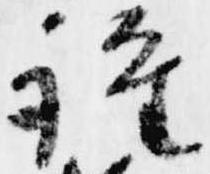
詮